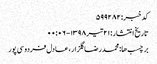
کد خبر: ۵۹۹۲۸۲
تاریخ انتشار : ۲۱ تیر ۱۳۹۸ - ۰۰:۰۶
برچسب ها: محمدرضا گلزار ، عادل فردوسی‌پور